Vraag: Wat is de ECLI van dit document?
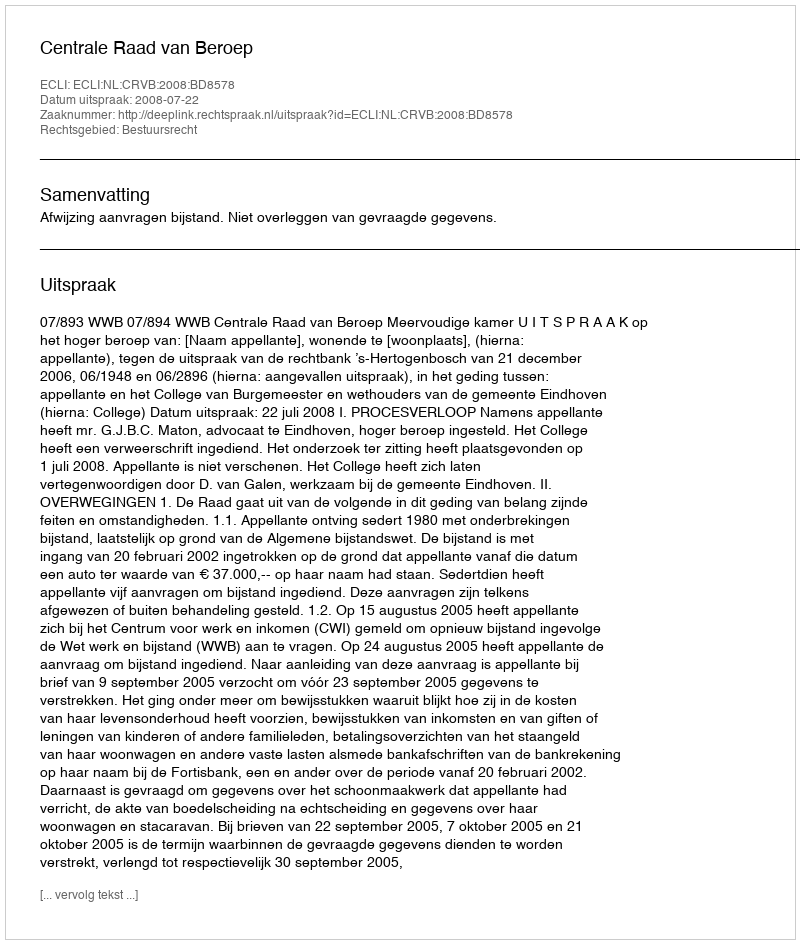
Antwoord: ECLI:NL:CRVB:2008:BD8578